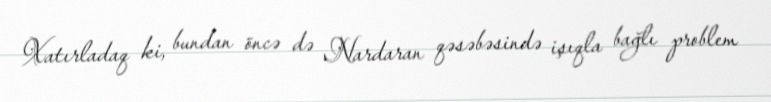
Xatırladaq ki, bundan öncə də Nardaran qəsəbəsində işıqla bağlı problem